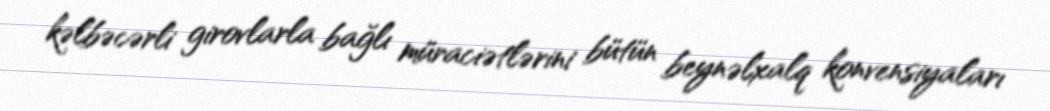
kəlbəcərli girovlarla bağlı müraciətlərini bütün beynəlxalq konvensiyaları